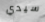
سيدي